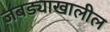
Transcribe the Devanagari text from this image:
जबड्याखालील